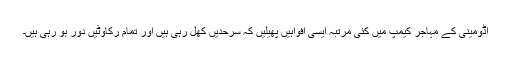
اڈومینی کے مہاجر کیمپ میں کئی مرتبہ ایسی افواہیں پھیلیں کہ سرحدیں کھل رہی ہیں اور تمام رکاوٹیں دور ہو رہی ہیں۔